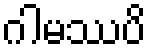
ဂါမဿပိ